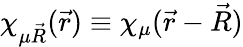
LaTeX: \chi_{\mu\vec{R}}(\vec{r})\equiv\chi_{\mu}(\vec{r}-\vec{R})